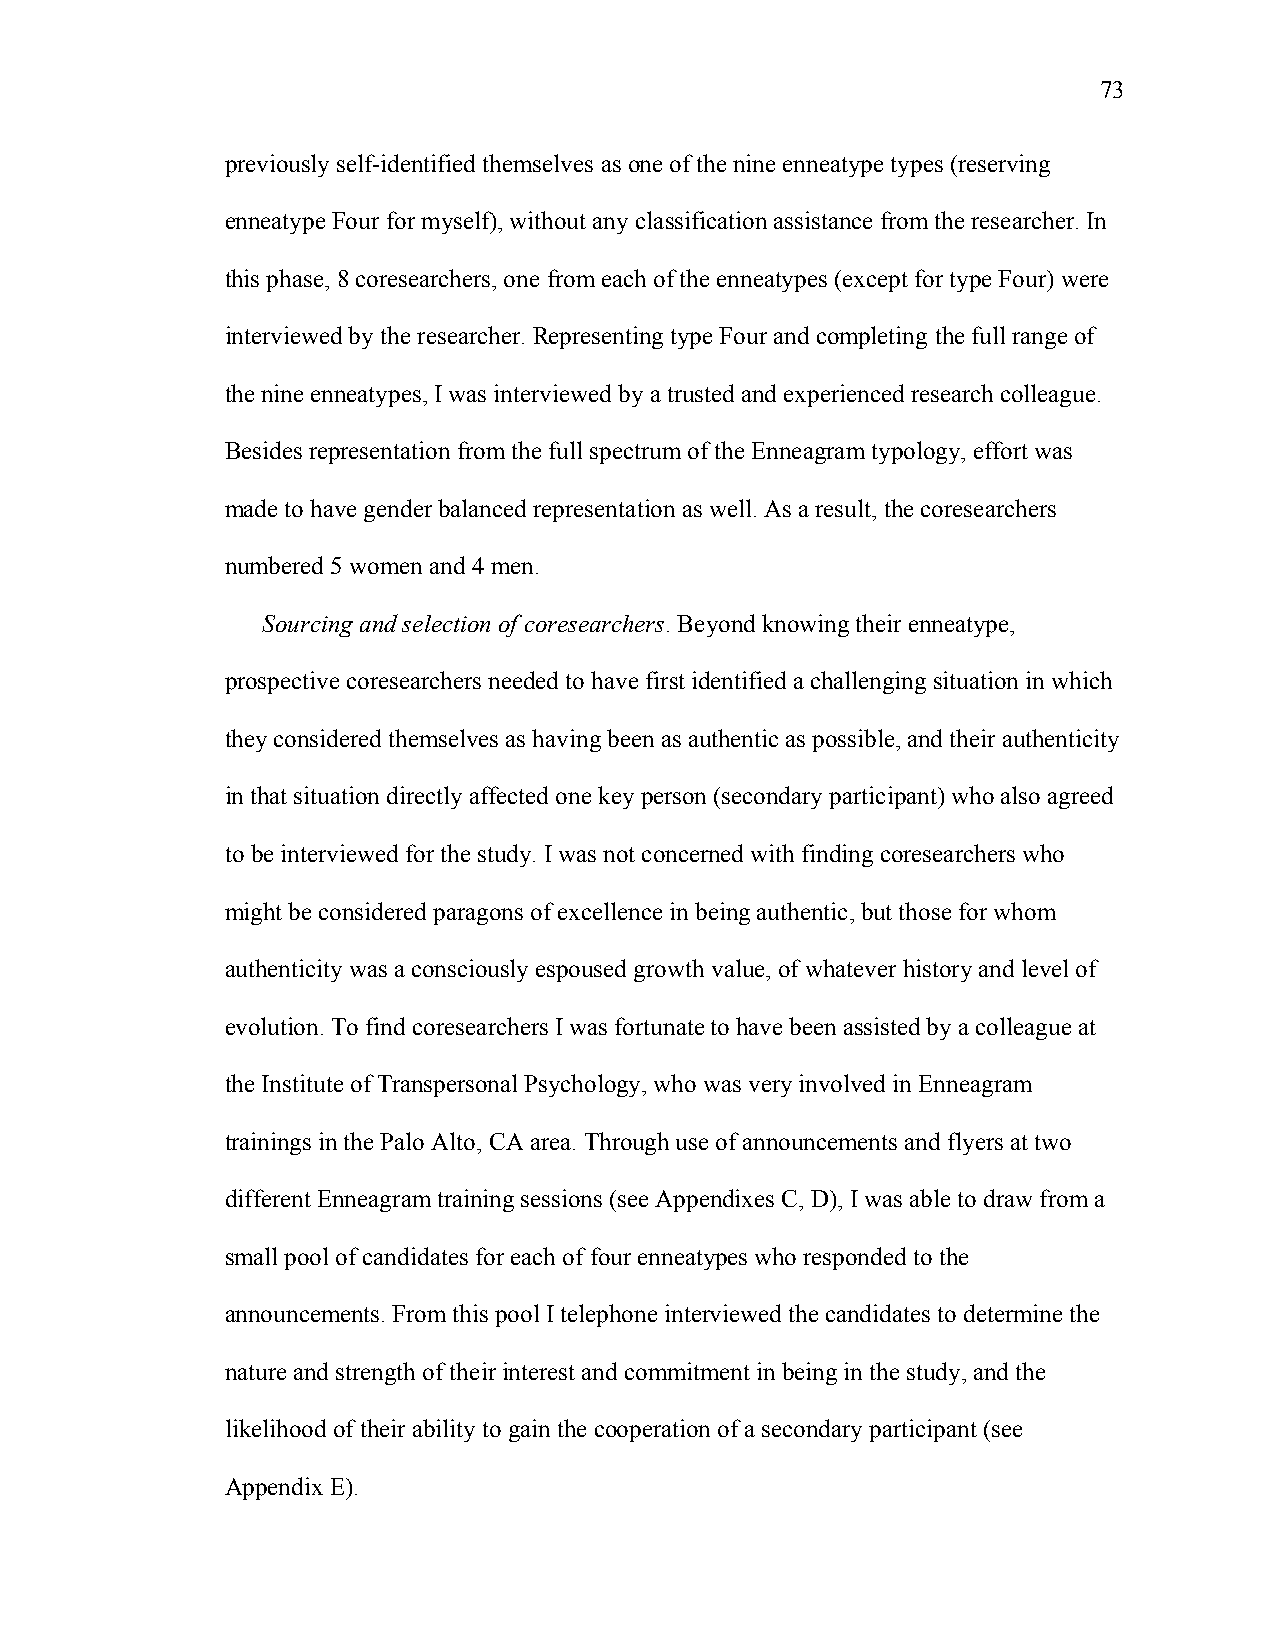
73
 previously self-identified themselves as one of the nine enneatype types (reserving
 enneatype Four for myself), without any classification assistance from the researcher. In
 this phase, 8 coresearchers, one from each of the enneatypes (except for type Four) were
 interviewed by the researcher. Representing type Four and completing the full range of
 the nine enneatypes, I was interviewed by a trusted and experienced research colleague.
 Besides representation from the full spectrum of the Enneagram typology, effort was
 made to have gender balanced representation as well. As a result, the coresearchers
 numbered 5 women and 4 men.
 Sourcing and selection of coresearchers. Beyond knowing their enneatype,
 prospective coresearchers needed to have first identified a challenging situation in which
 they considered themselves as having been as authentic as possible, and their authenticity
 in that situation directly affected one key person (secondary participant) who also agreed
 to be interviewed for the study. I was not concerned with finding coresearchers who
 might be considered paragons of excellence in being authentic, but those for whom
 authenticity was a consciously espoused growth value, of whatever history and level of
 evolution. To find coresearchers I was fortunate to have been assisted by a colleague at
 the Institute of Transpersonal Psychology, who was very involved in Enneagram
 trainings in the Palo Alto, CA area. Through use of announcements and flyers at two
 different Enneagram training sessions (see Appendixes C, D), I was able to draw from a
 small pool of candidates for each of four enneatypes who responded to the
 announcements. From this pool I telephone interviewed the candidates to determine the
 nature and strength of their interest and commitment in being in the study, and the
 likelihood of their ability to gain the cooperation of a secondary participant (see
 Appendix E).